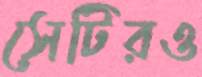
সেটিরও